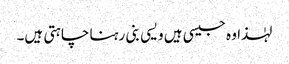
لہٰذا وہ جیسی ہیں ویسی بنی رہنا چاہتی ہیں۔